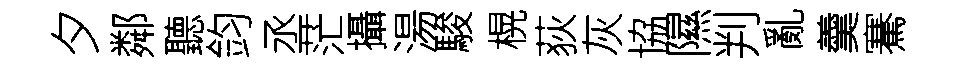
夕鄰聽鈞丞茫攝湯駿榥荻灰協隰判亂羹騫